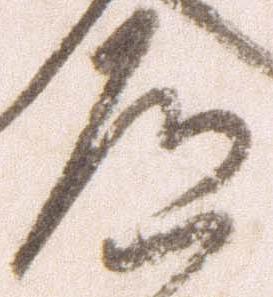
道